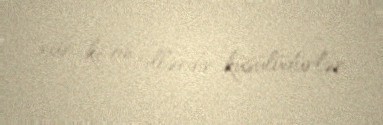
var ki, on illərdir küsülüdürlər.